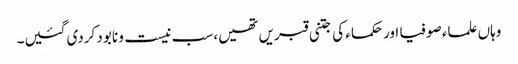
وہاں علماء صوفیا اور حکماء کی جتنی قبریں تھیں، سب نیست و نابود کردی گئیں۔